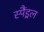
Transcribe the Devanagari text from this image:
स्पैंड्रल